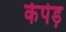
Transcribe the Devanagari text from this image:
केपेड़